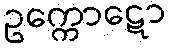
ဥက္ကောဋော